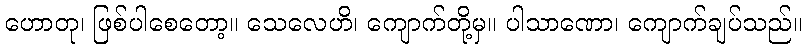
ဟောတု၊ ဖြစ်ပါစေတော့။ သေလေဟိ၊ ကျောက်တို့မှ။ ပါသာဏော၊ ကျောက်ချပ်သည်။